Indian journal of veterinary science and animal husbandry - Volume 5,
Year: 1935
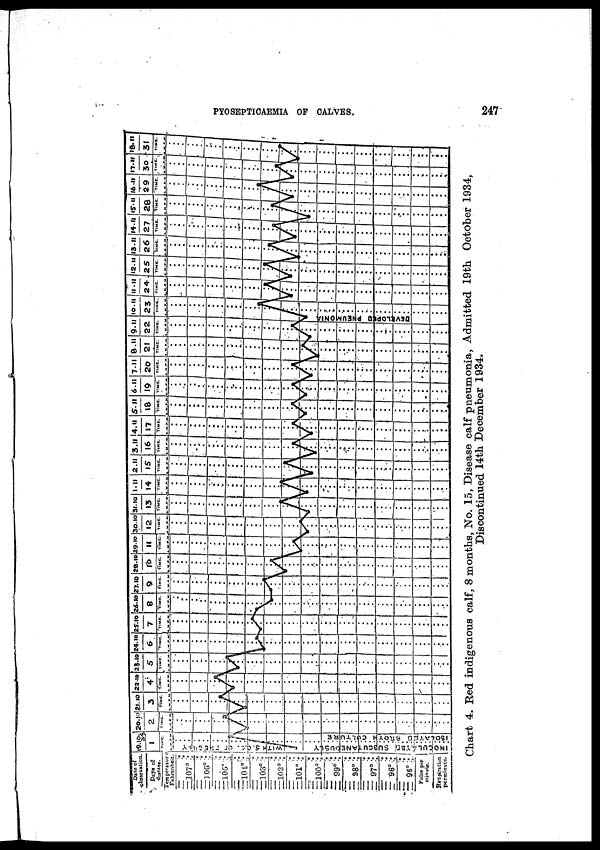
PYOSEPTICAEMIA OF CALVES.
247
Chart 4. Red indigenous calf, 8 months, No. 15, Disease calf pneumonia, Admitted 19th October 1934,
Discontinued 14th December 1934.